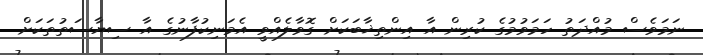
ނަމަވެސް މުއްދަތު ހަމަވުމުގެ ކުރިން އާ އިންތިޚާބަކަށް ގޮވާލެއްވީ އެމަނިކުފާނުގެ އާ ސިޔާސަތުތަކަށް